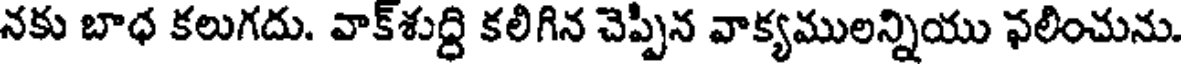
నకు బాధ కలుగదు. వాక్శుద్ధి కలిగిన చెప్పిన వాక్యములన్నియు ఫలించును.